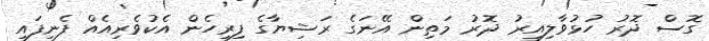
ގޮސް ދޮރު ހުޅުވާލިއިރު ދޮރު މަތިން އޭނަގެ ރަޝިޔާގެ ފިރިހެން އެކުވެރިއެއް ފެނިފައި